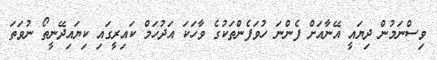
ވިސްނަމުން ދިޔައީ އޭނާއަށް ފެންނަ ހުވަފެންތަކުގެ ވާހަކަ އަދުހަމް ކައިރީގައި ކިޔައިދޭނީތޯ ނުވަތަ